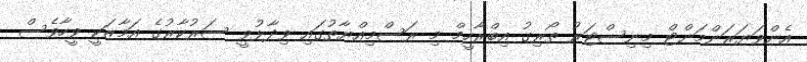
އެންވަޔަރަންމަންޓް މިނިސްޓަރު ތޯރިގު އިބްރާހީމް މި ރަސްމިއްޔާތުގައި ވިދާޅުވީ ސަރުކާރުގެ އަމާޒަކީ ވީހާވެސް